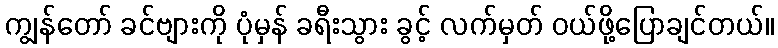
ကျွန်တော် ခင်ဗျားကို ပုံမှန် ခရီးသွား ခွင့် လက်မှတ် ဝယ်ဖို့ပြောချင်တယ်။